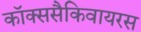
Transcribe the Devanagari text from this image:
कॉक्ससैकिवायरस